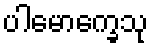
ပါမောက္ခေသု